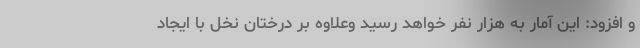
و افزود: این آمار به هزار نفر خواهد رسید وعلاوه بر درختان نخل با ایجاد